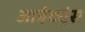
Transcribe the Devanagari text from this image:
आईट्यूंस